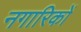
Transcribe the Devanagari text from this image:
नगारिकों